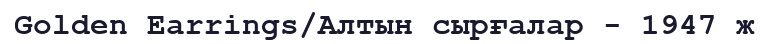
Golden Earrings/Алтын сырғалар - 1947 ж